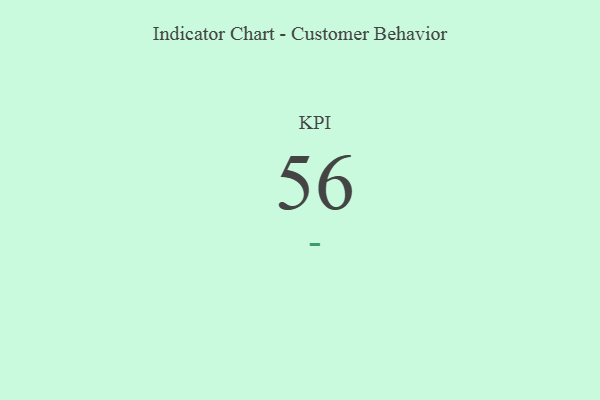
{"axis": {"x": "KPI", "y": "Value"}, "legend": [""], "data": [{"x": "KPI", "y": 56, "type": ""}]}